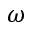
\omega